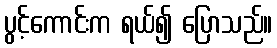
ပွင့်ကောင်းက ရယ်၍ ပြောသည်။